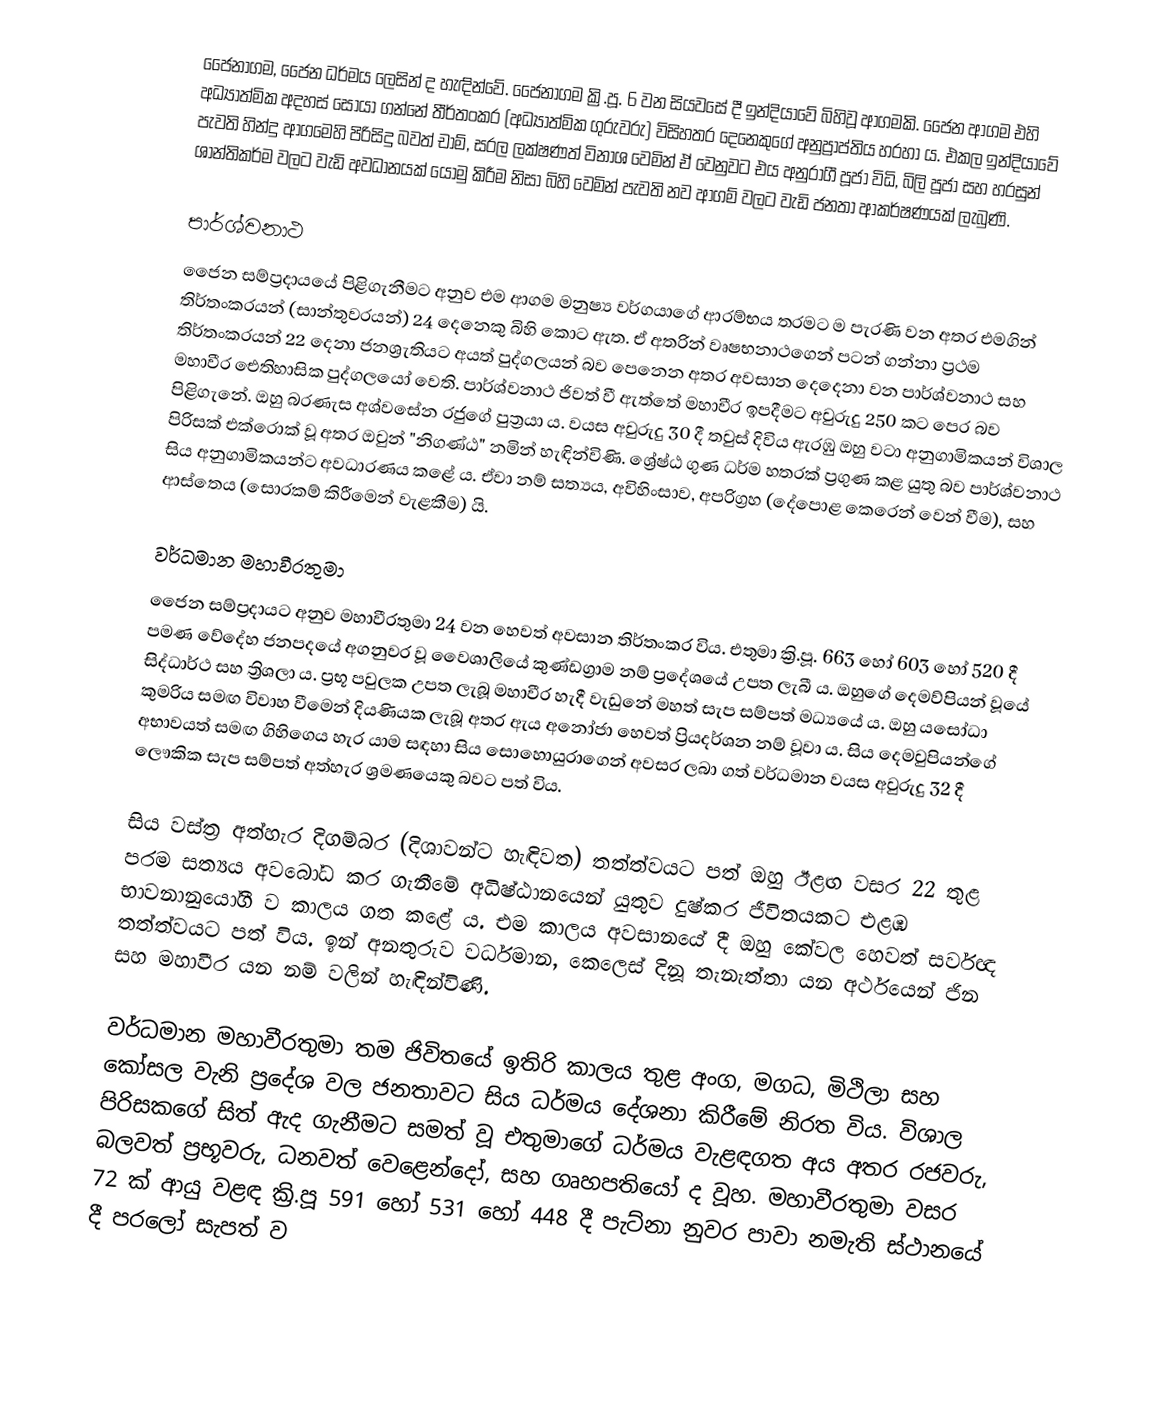
ජෛනාගම, ජෛන ධර්මය ලෙසින් ද හැඳින්වේ. ජෛනාගම ක්‍රි.පූ. 6 වන සියවසේ දී ඉන්දියාවේ බිහිවූ ආගමකි. ජෛන ආගම එහි අධ්‍යාත්මික අදහස් සොයා ගන්නේ තීර්තංකර (අධ්‍යාත්මික ගුරුවරු) විසිහතර දෙනෙකුගේ අනුප්‍රාප්තිය හරහා ය. එකල ඉන්දියාවේ පැවති හින්දු ආගමෙහි පිරිසිදු බවත් චාම්, සරල ලක්ෂණත් විනාශ වෙමින් ඒ වෙනුවට එය අනුරාගී පූජා විධි, බිලි පූජා සහ හරසුන් ශාන්තිකර්ම වලට වැඩි අවධානයක් යොමු කිරීම නිසා බිහි වෙමින් පැවති නව ආගම් වලට වැඩි ජනතා ආකර්ෂණයක් ලැබුණි.

පාර්ශ්වනාථ
ජෛන සම්ප්‍රදායයේ පිළිගැනීමට අනුව එම ආගම මනුෂ්‍ය වර්ගයාගේ ආරම්භය තරමට ම පැරණි වන අතර එමගින් තිර්තංකරයන් (සාන්තුවරයන්) 24 දෙනෙකු බිහි කොට ඇත. ඒ අතරින් වෘෂභනාථගෙන් පටන් ගන්නා ප්‍රථම තිර්තංකරයන් 22 දෙනා ජනශ්‍රැතියට අයත් පුද්ගලයන් බව පෙනෙන අතර අවසාන දෙදෙනා වන පාර්ශ්වනාථ සහ මහාවීර ඓතිහාසික පුද්ගලයෝ වෙති. පාර්ශ්වනාථ ජිවත් වී ඇත්තේ මහාවීර ඉපදීමට අවුරුදු 250 කට පෙර බව පිළිගැනේ. ඔහු බරණැස අශ්වසේන රජුගේ පුත්‍රයා ය. වයස අවුරුදු 30 දී තවුස් දිවිය ඇරඹු ඔහු වටා අනුගාමිකයන් විශාල පිරිසක් එක්රොක් වූ අතර ඔවුන් "නිගණ්ඨ" නමින් හැඳින්විණි. ශ්‍රේෂ්ඨ ගුණ ධර්ම හතරක් ප්‍රගුණ කළ යුතු බව පාර්ශ්වනාථ සිය අනුගාමිකයන්ට අවධාරණය කළේ ය. ඒවා නම් සත්‍යය, අවිහිංසාව, අපරිග්‍රහ (දේපොළ කෙරෙන් වෙන් වීම), සහ ආස්තෙය (සොරකම් කිරීමෙන් වැළකීම) යි.

වර්ධමාන මහාවීරතුමා
ජෛන සම්ප්‍රදායට අනුව මහාවීරතුමා 24 වන හෙවත් අවසාන තිර්තංකර විය. එතුමා ක්‍රි.පූ. 663 හෝ 603 හෝ 520 දී පමණ වේදේහ ජනපදයේ අගනුවර වූ වෛශාලියේ කුණ්ඩග්‍රාම නම් ප්‍රදේශයේ උපත ලැබී ය. ඔහුගේ දෙමව්පියන් වූයේ සිද්ධාර්ථ සහ ත්‍රිශලා ය. ප්‍රභූ පවුලක උපත ලැබූ මහාවීර හැදී වැඩුනේ මහත් සැප සම්පත් මධ්‍යයේ ය. ඔහු යසෝධා කුමරිය සමඟ විවාහ වීමෙන් දියණියක ලැබූ අතර ඇය අනෝජා හෙවත් ප්‍රියදර්ශන නම් වූවා ය. සිය දෙමවුපියන්ගේ අභාවයත් සමඟ ගිහිගෙය හැර යාම සඳහා සිය සොහොයුරාගෙන් අවසර ලබා ගත් වර්ධමාන වයස අවුරුදු 32 දී ලෞකික සැප සම්පත් අත්හැර ශ්‍රමණයෙකු බවට පත් විය.

සිය වස්ත්‍ර අත්හැර දිගම්බර (දිශාවන්ට හැඳිවත) තත්ත්වයට පත් ඔහු ඊළඟ වසර 22 තුළ පරම සත්‍යය අවබෝධ කර ගැනීමේ අධිෂ්ඨානයෙන් යුතුව දුෂ්කර ජීවිතයකට එළඹ භාවනානුයෝගී ව කාලය ගත කළේ ය. එම කාලය අවසානයේ දී ඔහු කේවල හෙවත් සර්වඥ තත්ත්වයට පත් විය. ඉන් අනතුරුව වර්ධමාන, කෙලෙස් දිනූ තැනැත්තා යන අර්ථයෙන් ජින සහ මහාවීර යන නම් වලින් හැඳින්විණි.

වර්ධමාන මහාවීරතුමා තම ජිවිතයේ ඉතිරි කාලය තුළ අංග, මගධ, මිථිලා සහ කෝසල වැනි ප්‍රදේශ වල ජනතාවට සිය ධර්මය දේශනා කිරීමේ නිරත විය. විශාල පිරිසකගේ සිත් ඇද ගැනීමට සමත් වූ එතුමාගේ ධර්මය වැළඳගත අය අතර රජවරු, බලවත් ප්‍රභූවරු, ධනවත් වෙළෙන්දෝ, සහ ගෘහපතියෝ ද වූහ. මහාවීරතුමා වසර 72 ක් ආයු වළඳ ක්‍රි.පූ 591 හෝ  531 හෝ  448 දී  පැට්නා නුවර පාවා නමැති ස්ථානයේ දී පරලෝ සැපත් ව